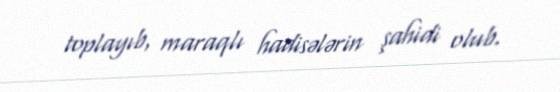
toplayıb, maraqlı hadisələrin şahidi olub.